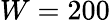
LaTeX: W=200